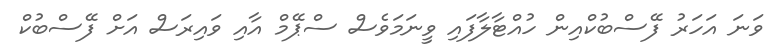
ވަނަ އަހަރު ފޭސްބުކްއިން ހުއްޓާލާފައި ވީނަމަވެސް ސްޕޭމް އާއި ވައިރަސް އަށް ފޭސްބުކް